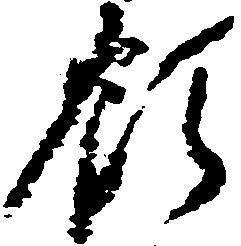
領